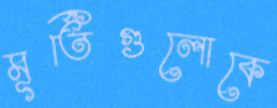
মূর্তিগুলোকে